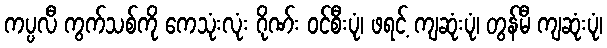
ကပ္ပလီ ကွက်သစ်ကို ကေသုံးလုံး ဂိုဏ်း ဝင်စီးပုံ၊ ဖရင့် ကျဆုံးပုံ၊ တွန်မီ ကျဆုံးပုံ၊